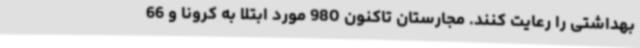
بهداشتی را رعایت کنند. مجارستان تاکنون 980 مورد ابتلا به کرونا و 66